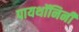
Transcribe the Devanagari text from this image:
पायथॉनिनी